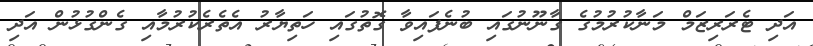
އަދި ޓެރަރިޒަމް މަނާކުރުމުގެ ގާނޫނުގައި ބުނެފައިވާ ގޮތުގައި ހަތިޔާރު އެތެރެކުރުމާއި ގެންގުޅުން އަދި